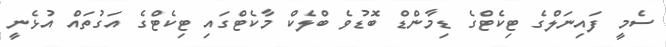
ސެމީ ފައިނަލްގެ ޓިކެޓްގެ ޑިމާންޑް ބޮޑުވެ ބްލެކް މާކެޓްގައި ޓިކެޓްގެ އަގުތައް އުޅެނީ